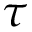
\tau